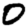
Digit: 0